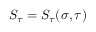
S _ { \tau } = S _ { \tau } ( \sigma , \tau )